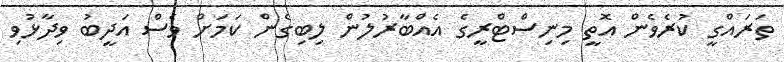
ތަރައްގީ ކުރެވެން އޮތީ މިނިސްޓްރީގެ އެއްބާރުލުން ލިބިގެން ކަމަށް ވެސް އަދީބު ވިދާޅުވި